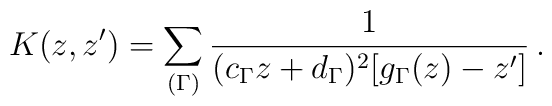
K(z,z')=\sum_{(\Gamma)}\frac{1}{(c_\Gamma z+d_\Gamma)^2[g_\Gamma(z)-z']}\,.